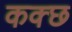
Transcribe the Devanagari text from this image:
कक्छ